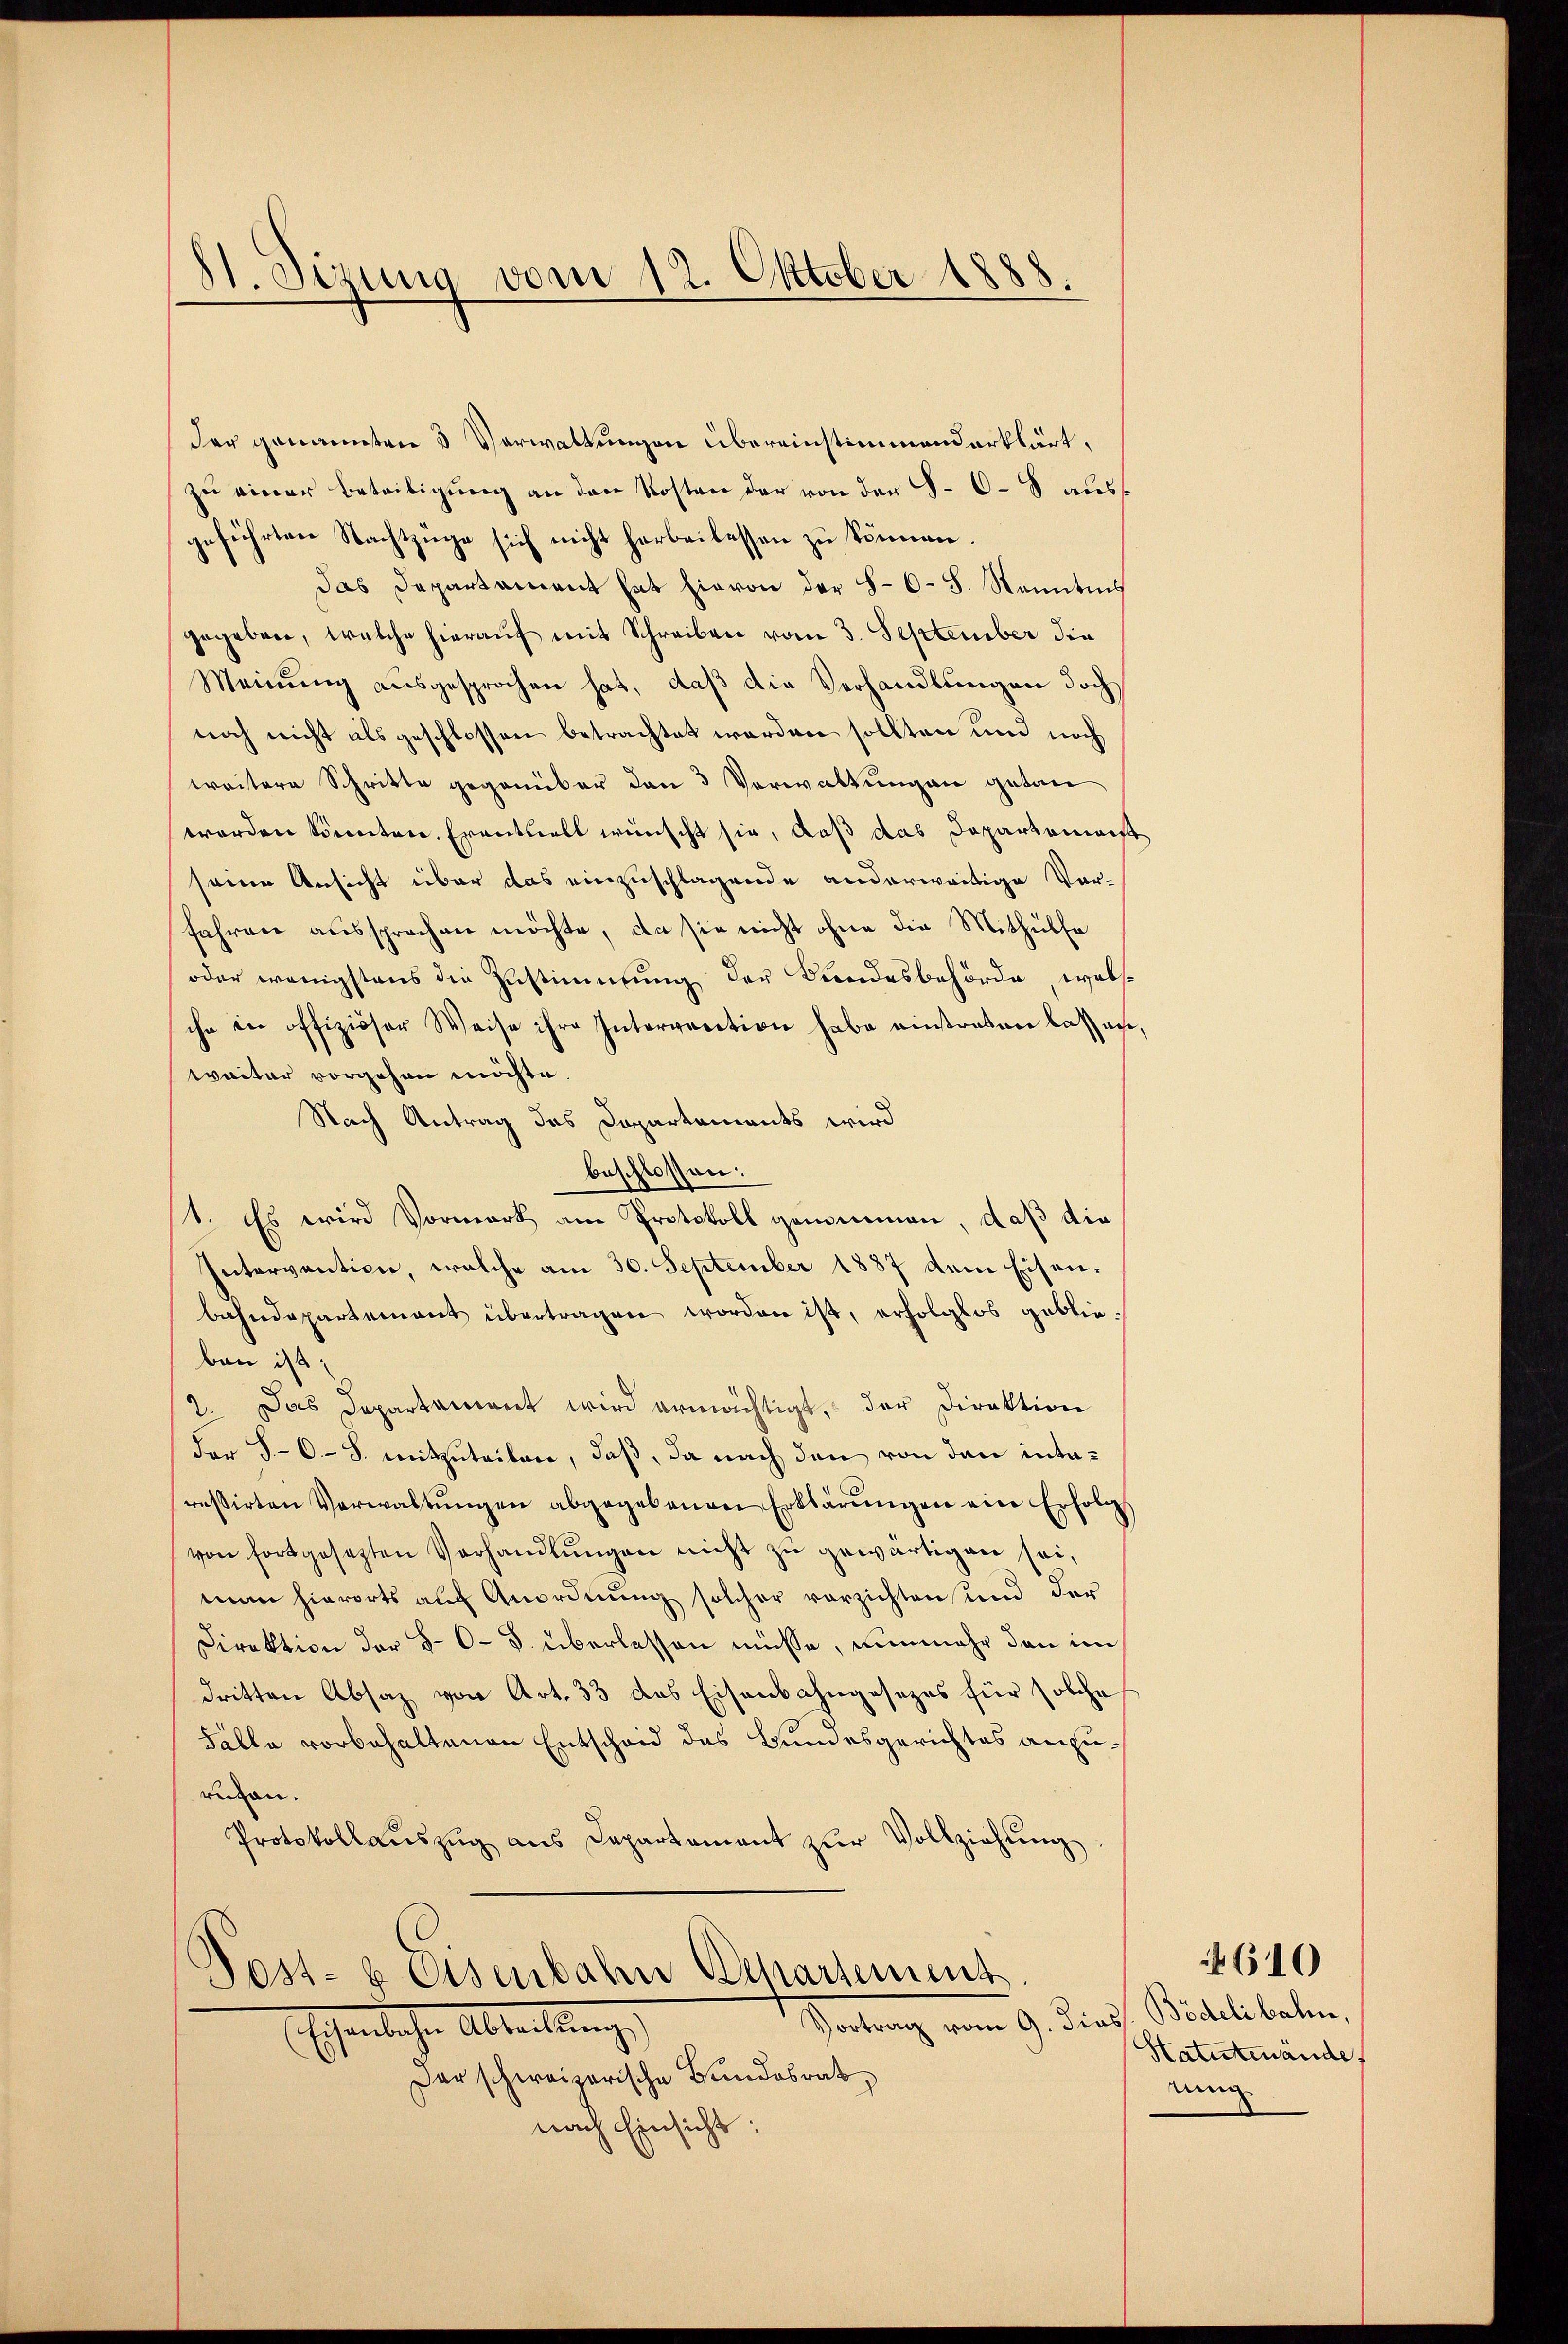
81 Sirung vom 12. Oktober 1888.

der genannten 3 Verwaltungen übereinstimmend erklärt,
zu einer Beteiligung an den Kosten der von der S. 68 ausgeführten Nachtzüge sich nicht herbeilassen zu können.
das Departament hat hievon der 8-6-S. Nenntnis
gegeben, welche hierauf mit Schreiben vom 3. September die
Meinŭng aŭsgesprochen hat, daβ die Verhandlungen doch
noch nicht als geschlossen betrachtet werden sollten und noch
weitere Schritte gegenüber den 3 Verwaltungen getan
worden könnten. Eventuell wünscht sie, daß das Departemenst
seine Ansicht über das einzuschlagende anderweitige Vorfahren aussprachen möchte, da sie nicht ohne die Mithülfe
oder wenigstens die Zustimmung der Landesbehörde, wels
ihn in offiziöser Weise ihre Interrrection habe einstraten lassen,
tacter vorgehen möchte.
Nach Antrag das Dapartements wird
beschlossen:
1. Es wird Vormark am Protokoll genommen, daß die
Intervention, welche am 30. September 1887 dem Eisenbahndepartement übertragen worden ist, erfolglos geblieban ist;
2. Das Departement wird ermächtigt, der Direktion
der 5-6 - 8. mitzuteilen, daß, da nach den von den intaressirten Verwaltŭngen abgegebenen Erklärŭngen ein Erfolgs
von fortgesezten Verhandlungen nicht zu gewärtigen sei,
man hierorts aŭf Anordnŭng solcher vorzichten und der
Direktion der 80 S. überlassen müsse, nunmehr dann im
dritten Absaz von Art. 33 das Eisenbahngesezes für solche
Fälle vorbehaltenen Entscheid des Bundesgerichtes anzurüten.
Protokollaŭszŭg ans Departament zŭr Vollziehung
Dest- & Eisenbahn Departement
Portung vom 19. Juni
Eschenlichen Abteilung
Der schweizerische Bundesrat
nach Einsicht:

Bidelibalien,
Hatutenände.
ring

610